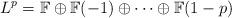
LaTeX: \begin{align*}L^p=\mathbb{F}\oplus \mathbb{F}(-1)\oplus \dots \oplus \mathbb{F}(1-p)\end{align*}